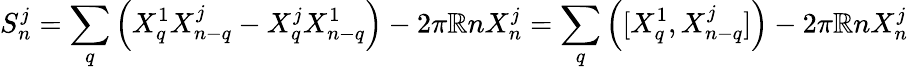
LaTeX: S_{n}^{j}=\sum_{q}\left(X_{q}^{1}X_{n-q}^{j}-X_{q}^{j}X_{n-q}^{1}\right)-2\pi\mathbb{R}nX_{n}^{j}=\sum_{q}\left([X_{q}^{1},X_{n-q}^{j}]\right)-2\pi\mathbb{R}nX_{n}^{j}